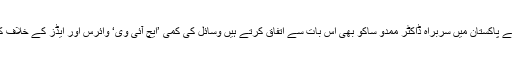
اقوام متحدہ کے ادارے ’یواین ایڈز‘ کے پاکستان میں سربراہ ڈاکٹر ممدو ساکو بھی اس بات سے اتفاق کرتے ہیں وسائل کی کمی ’ایچ آئی وی‘ وائرس اور ایڈز کے خلاف کوششوں کی راہ میں ایک مشکل ہے۔